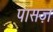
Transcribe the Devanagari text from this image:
पासज़